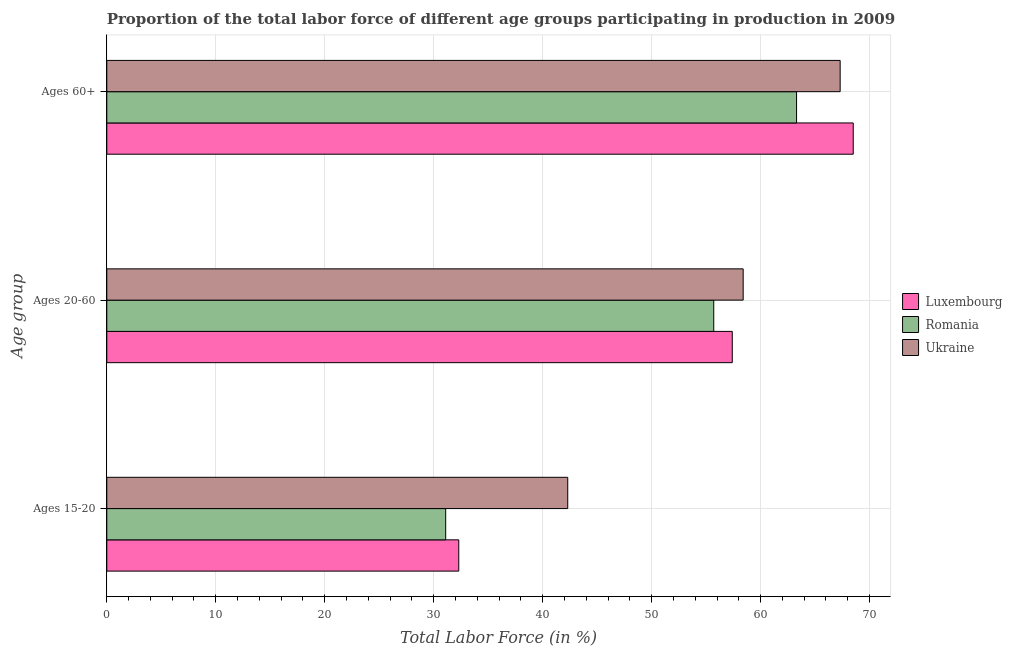
| Age group | Luxembourg | Romania | Ukraine |
 | --- | --- | --- | --- |
 | Ages 15-20 | 32.3 | 31.1 | 42.3 |
 | Ages 20-60 | 57.4 | 55.7 | 58.4 |
 | Ages 60+ | 68.5 | 63.3 | 67.3 |